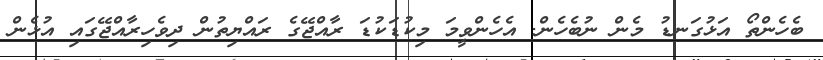
ބެހެންތޯ އަޅުގަނޑު މެން ނުބެހެން. އެހެންވީމަ މިކުޑަކުޑަ ރާއްޖޭގެ ރައްޔިތުން ދިވެހިރާއްޖޭގައި އުޅެން